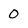
Character: 0